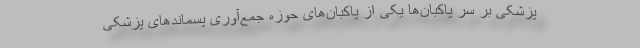
پزشکی بر سر پاکبان‌ها یکی از پاکبان‌های حوزه جمع‌آوری پسماندهای پزشکی